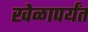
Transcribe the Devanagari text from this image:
खेळापर्यंत